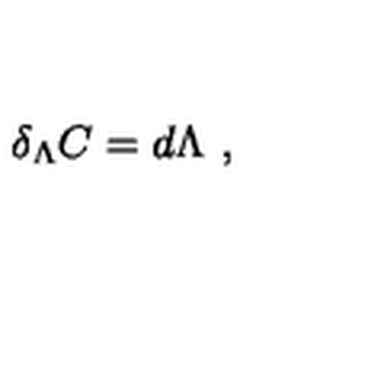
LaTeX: \delta _ { \Lambda } C = d \Lambda \ ,